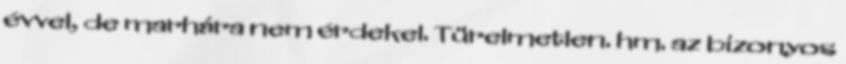
évvel, de marhára nem érdekel. Türelmetlen. hm. az bizonyos